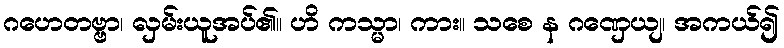
ဂဟေတဗ္ဗာ၊ လှမ်းယူအပ်၏။ ဟိ ကသ္မာ၊ ကား။ သစေ န ဂဏှေယျ၊ အကယ်၍